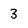
Character: 3